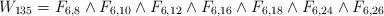
LaTeX: \begin{align*}W_{135}=F_{6,8} \wedge F_{6,10} \wedge F_{6,12} \wedge F_{6,16} \wedge F_{6,18} \wedge F_{6,24} \wedge F_{6,26} \end{align*}